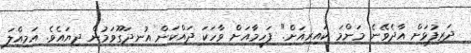
ދަރިފުޅަށް އާދެވޭނެ މަންމަ ކައިރިއަށް." ފަހީމާއަށް ވާހަކަ ދައްކަން އުނދަގޫވަމުން ދިޔައެވެ. އަމިއްލަ